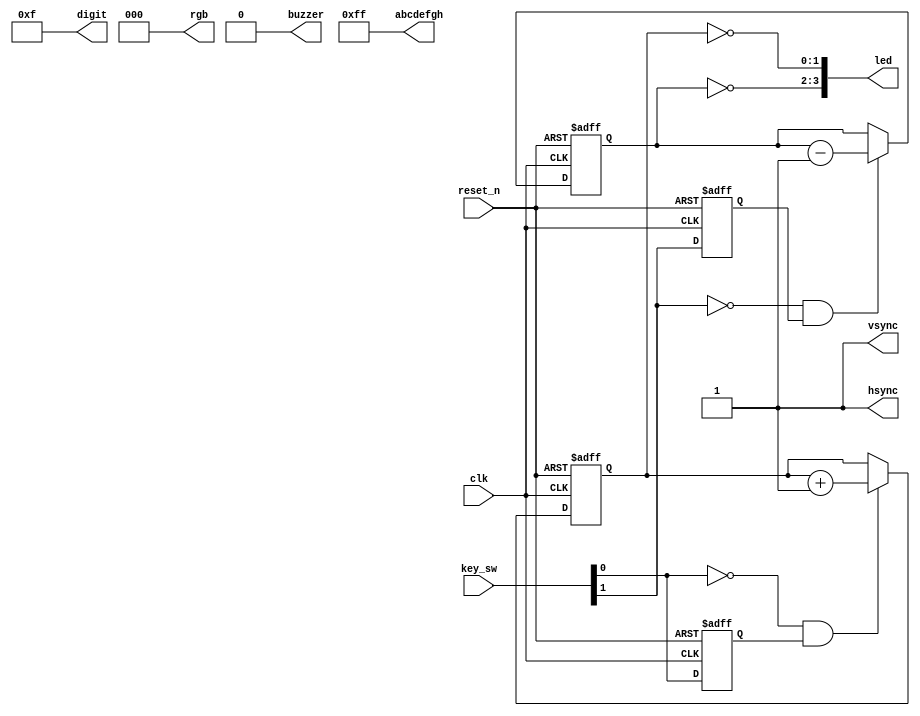
module top
(
    input        clk,
    input        reset_n,

    input  [3:0] key_sw,
    output [3:0] led,

    output [7:0] abcdefgh,
    output [3:0] digit,

    output       buzzer,

    output       hsync,
    output       vsync,
    output [2:0] rgb
);

    wire reset = ~ reset_n;

    assign abcdefgh  = 8'hff;
    assign digit     = 4'hf;
    assign buzzer    = 1'b0;
    assign hsync     = 1'b1;
    assign vsync     = 1'b1;
    assign rgb       = 3'b0;

    // Exercise 1: Free running counter.
    // How do you change the speed of LED blinking?
    // Try different bit slices to display.

//    reg [31:0] cnt;
//
//    always @ (posedge clk or posedge reset)
//      if (reset)
//        cnt <= 32'b0;
//      else
////        cnt <= cnt + 32'b1;
//		  cnt <= cnt + 32'b101;
//
//    assign led = ~ cnt [27:24];

    // Exercise 2: Key-controlled counter.
    // Comment out the code above.
    // Uncomment and synthesize the code below.
    // Press the key to see the counter incrementing.
    //
    // Change the design, for example:
    //
    // 1. One key is used to increment, another to decrement.
    //
    // 2. Two counters controlled by different keys
    // displayed in different groups of LEDs.


    wire key = key_sw [0];
    reg key_r;



    always @ (posedge clk or posedge reset)
      if (reset)
        key_r <= 1'b0;
      else
        key_r <= key;


    wire key_pressed = ~ key & key_r;
    reg [1:0] cnt;

    always @ (posedge clk or posedge reset)
      if (reset)
        cnt <= 4'b0;
      else if (key_pressed)
        cnt <= cnt + 4'b1;
    assign led[1:0] = ~ cnt;

	
	 wire key1 = key_sw [1];
 	 reg key_r1;

   always @ (posedge clk or posedge reset)
    if (reset)
      key_r1 <= 1'b0;
    else
      key_r1 <= key1;


	 wire key_pressed1 = ~ key1 & key_r1;
    reg [3:2] cnt1;


	 always @ (posedge clk or posedge reset)
      if (reset)
        cnt1 <= 4'b0;
      else if (key_pressed1)
        cnt1 <= cnt1 - 4'b1;
    assign led[3:2] = ~ cnt1;



endmodule